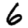
Digit: 6